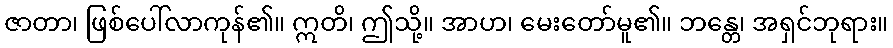
ဇာတာ၊ ဖြစ်ပေါ်လာကုန်၏။ ဣတိ၊ ဤသို့။ အာဟ၊ မေးတော်မူ၏။ ဘန္တေ၊ အရှင်ဘုရား။